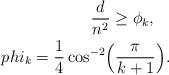
LaTeX: \begin{align*}\frac d{n^2}\geq \phi_k,\ \ \ \\phi_k=\frac{1}{4}\cos^{-2}\Bigl(\frac{\pi}{k+1}\Bigr).\end{align*}